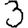
Digit: 3